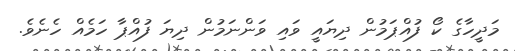
މަދީހާގެ ކޯ ފުއްޕަމުން ދިޔައީ ވައި ވަންނަމުން ދިޔަ ފުއްޕާ ހަމެއް ހެނެވެ.